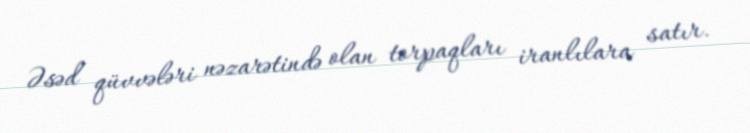
Əsəd qüvvələri nəzarətində olan torpaqları iranlılara satır.